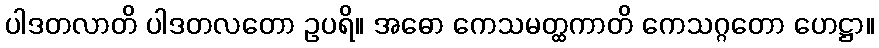
ပါဒတလာတိ ပါဒတလတော ဥပရိ။ အဓော ကေသမတ္ထကာတိ ကေသဂ္ဂတော ဟေဋ္ဌာ။